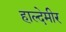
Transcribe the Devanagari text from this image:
हाल्देमीर